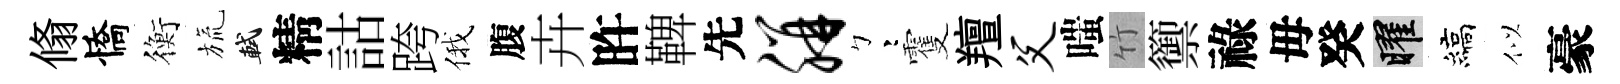
翛憍衡旒軾精詁跨俄腹卉旿鞞先胼彎䨥羶父嗤竹籞祿毋癸曜縞似豪